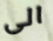
الى